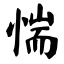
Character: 惴